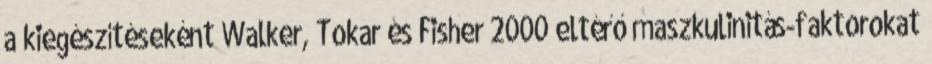
a kiegészítéseként Walker, Tokar és Fisher 2000 eltérő maszkulinitás-faktorokat